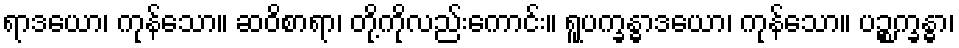
ရာဒယော၊ ကုန်သော။ ဆဝိစာရာ၊ တို့ကိုလည်းကောင်း။ ရူပက္ခန္ဓာဒယော၊ ကုန်သော။ ပဉ္စက္ခန္ဓာ၊